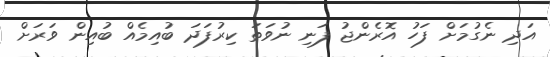
އަދި ނެގުމަށް ފަހު އޮރެންޖު ފަނި ނުވަތަ ކިރުފަދަ ބުއިމެއް ބުއިން ވަރަށް